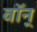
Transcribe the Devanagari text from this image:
वॉन्